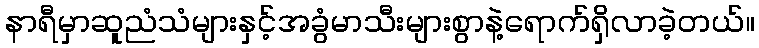
နာရီမှာဆူညံသံများနှင့်အခွံမာသီးများစွာနဲ့ရောက်ရှိလာခဲ့တယ်။